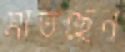
মাতছেন